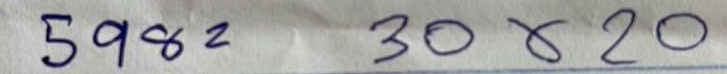
598 = 30x20